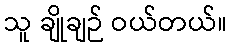
သူ ချိုချဉ် ဝယ်တယ်။